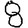
Digit: 8